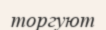
торгуют